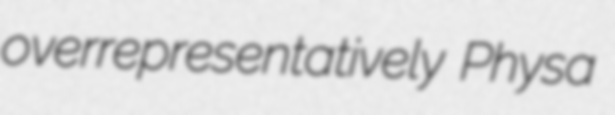
overrepresentatively Physa